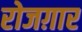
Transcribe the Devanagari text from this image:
रोजग़ार